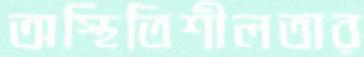
অস্থিতিশীলতার